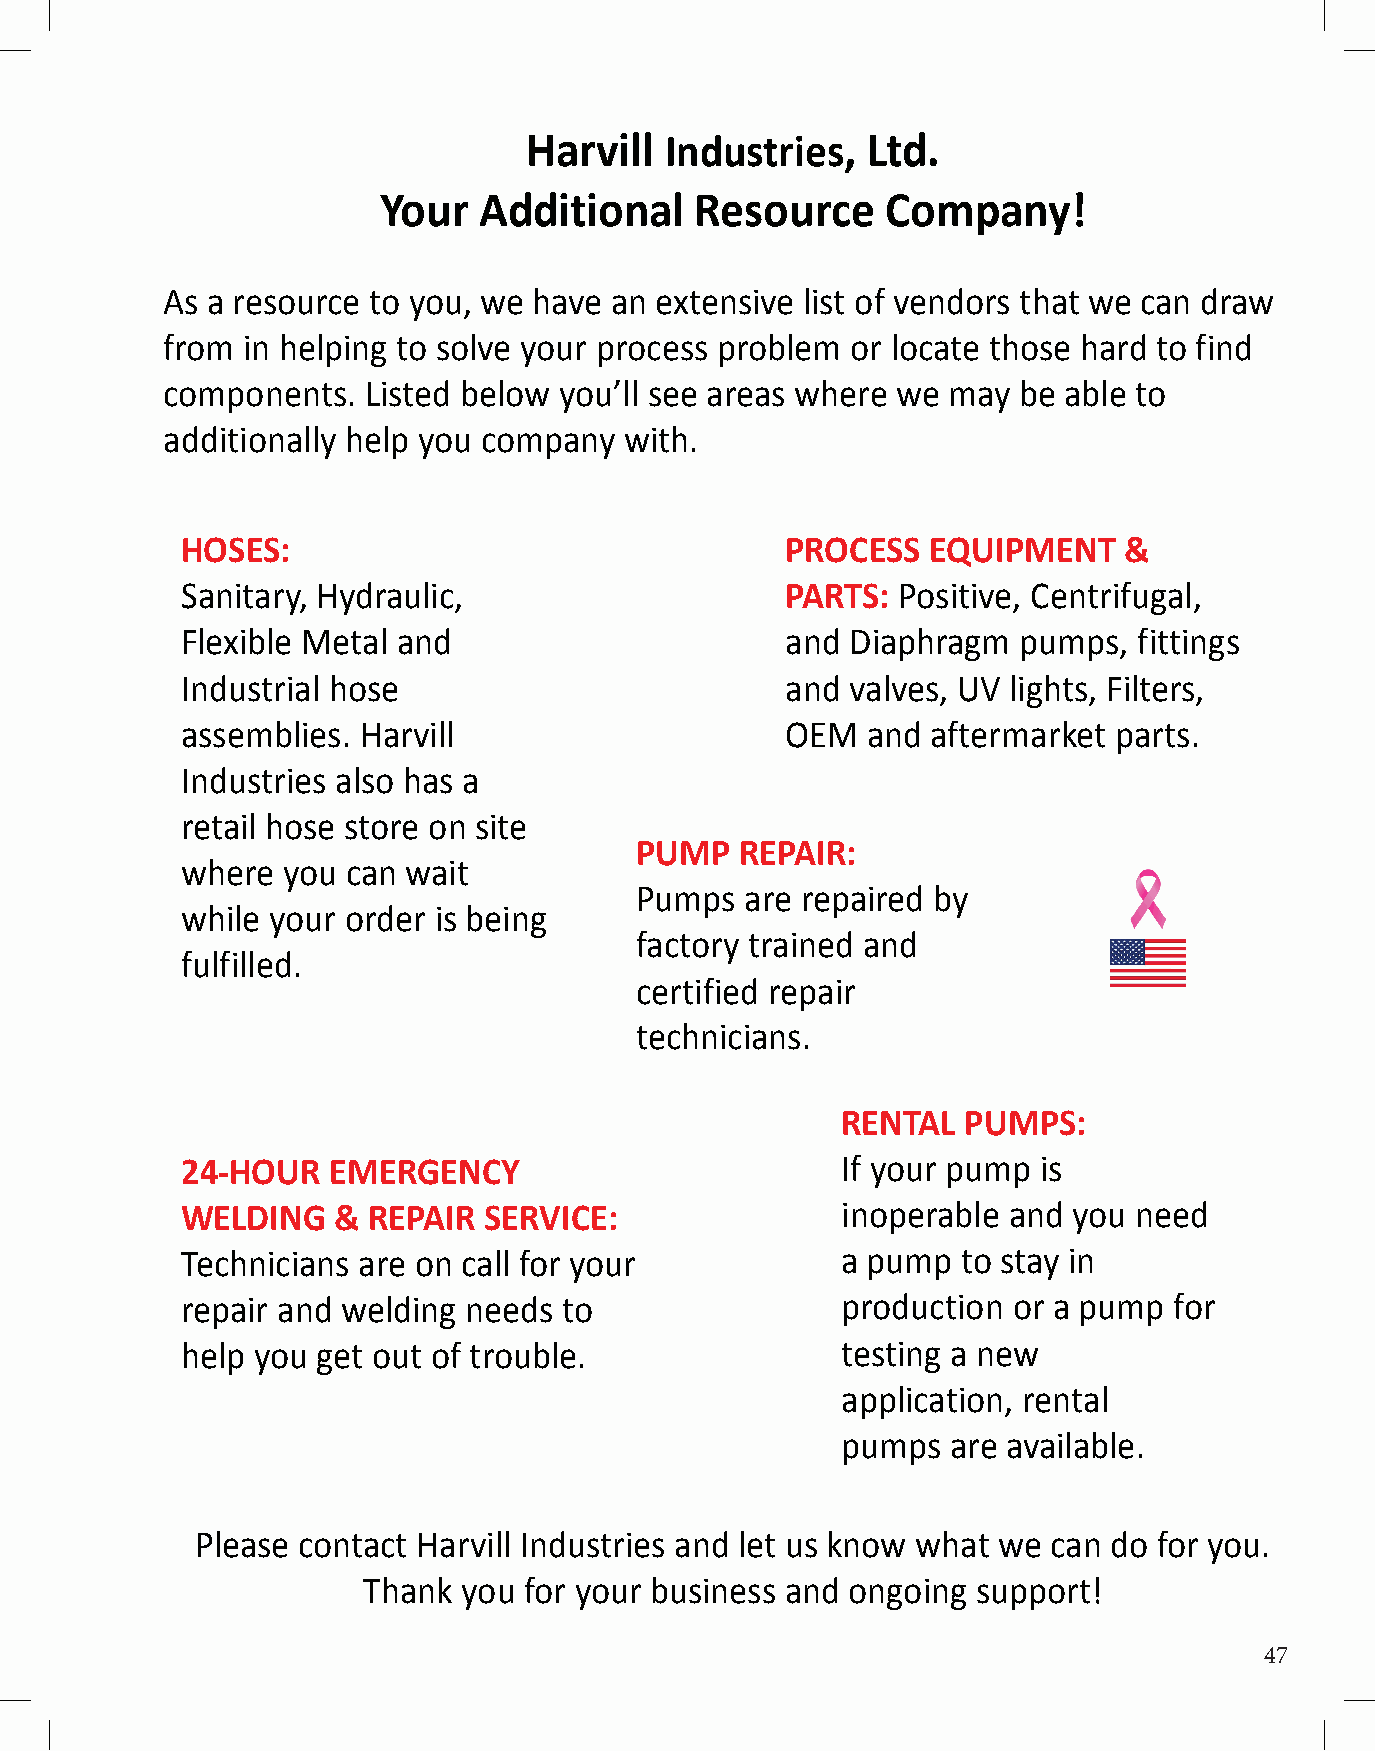
Harvill  Industries,  Ltd.
 Your   Additional    Resource     Company!
 As a resource to you, we have an extensive list of vendors that we can draw
 from in helping to solve your process problem or locate those hard to find
 components.  Listed below you’ll see areas where we may be able to
 additionally help you company with.
 HOSES:                                  PROCESS   EQUIPMENT   &
 Sanitary, Hydraulic,                    PARTS: Positive, Centrifugal,
 Flexible Metal and                      and Diaphragm  pumps,  fittings
 Industrial hose                         and valves, UV lights, Filters,
 assemblies. Harvill                     OEM  and  aftermarket parts.
 Industries also has a
 retail hose store on site
 PUMP   REPAIR:
 where  you can wait
 Pumps  are repaired by
 while your order is being
 factory trained and
 fulfilled.
 certified repair
 technicians.
 RENTAL  PUMPS:
 24-HOUR   EMERGENCY                         If your pump is
 WELDING   & REPAIR  SERVICE:                inoperable and you need
 Technicians are on call for your            a pump  to stay in
 repair and welding needs to                 production or a pump  for
 help you get out of trouble.                testing a new
 application, rental
 pumps  are available.
 Please contact Harvill Industries and let us know what we can do for you.
 Thank  you for your business and ongoing support!
 47
 47